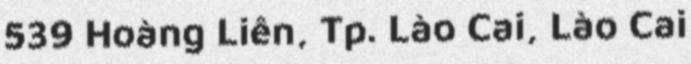
539 Hoàng Liên, Tp. Lào Cai, Lào Cai